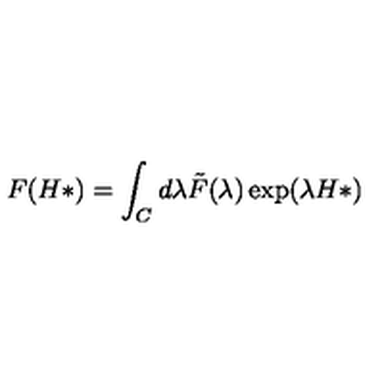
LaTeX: F ( H * ) = \int _ { C } d \lambda \tilde { F } ( \lambda ) \exp ( \lambda H * )